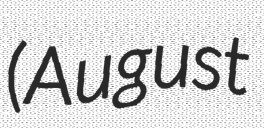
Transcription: (August